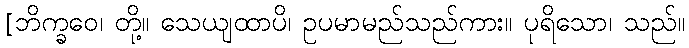
[ဘိက္ခဝေ၊ တို့။ သေယျထာပိ၊ ဥပမာမည်သည်ကား။ ပုရိသော၊ သည်။